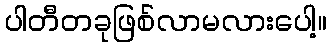
ပါတီတခုဖြစ်လာမလားပေါ့။